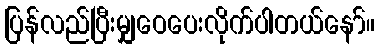
ပြန်လည်ပြီးမျှဝေပေးလိုက်ပါတယ်နော်။